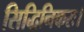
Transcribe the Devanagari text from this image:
सिद्धिनिकरः।